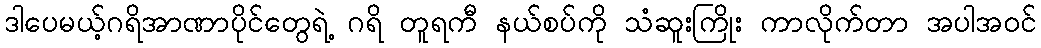
ဒါပေမယ့်ဂရိအာဏာပိုင်တွေရဲ့ ဂရိ တူရကီ နယ်စပ်ကို သံဆူးကြိုး ကာလိုက်တာ အပါအဝင်